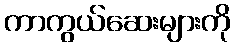
ကာကွယ်ဆေးများကို